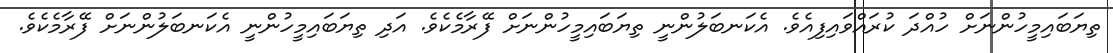
ތިޔަބައިމީހުންނަށް ހުއްދަ ކުރައްވައިފިއެވެ. އެކަނބަލުންނީ ތިޔަބައިމީހުންނަށް ފޭރާމެކެވެ. އަދި ތިޔަބައިމީހުންނީ އެކަނބަލުންނަށް ފޭރާމެކެވެ.